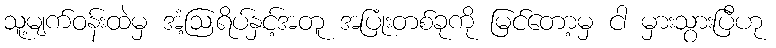
သူ့မျက်ဝန်းထဲမှ အံ့ဩရိပ်နှင့်အတူ အပြုံးတစ်ခုကို မြင်တော့မှ ငါ မှားသွားပြီဟု